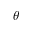
\theta